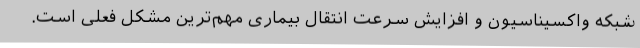
شبکه واکسیناسیون و افزایش سرعت انتقال بیماری مهم‌ترین مشکل فعلی است‌.